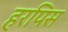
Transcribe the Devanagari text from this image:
हरपिस